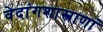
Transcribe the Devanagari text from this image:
वेदांगशास्त्राणां